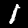
Digit: 1